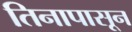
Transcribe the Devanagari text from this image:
तिनापासून